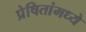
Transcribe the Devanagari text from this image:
प्रेषितांमध्ये